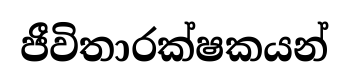
ජීවිතාරක්ෂකයන්